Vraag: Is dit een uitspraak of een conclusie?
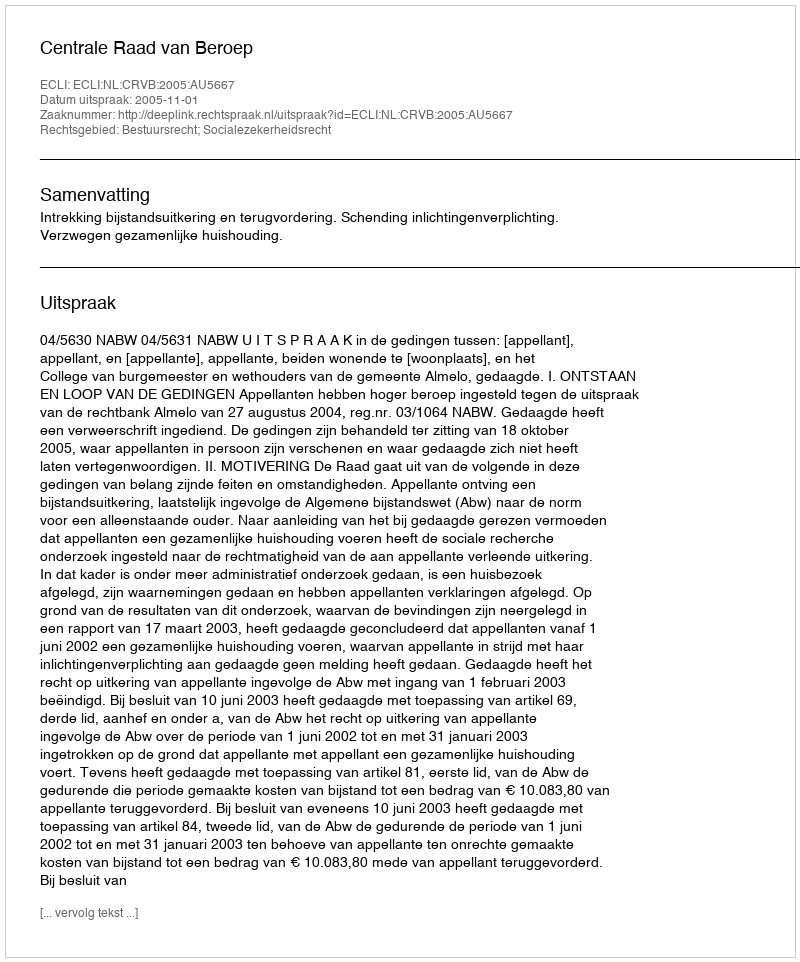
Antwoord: Uitspraak